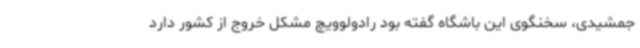
جمشیدی، سخنگوی این باشگاه گفته بود رادولوویچ مشکل خروج از کشور دارد